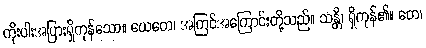
ကိုးပါးအပြားရှိကုန်သော။ ယေတေ၊ အကြင်အကြောင်းတို့သည်။ သန္တိ၊ ရှိကုန်၏။ တေ၊